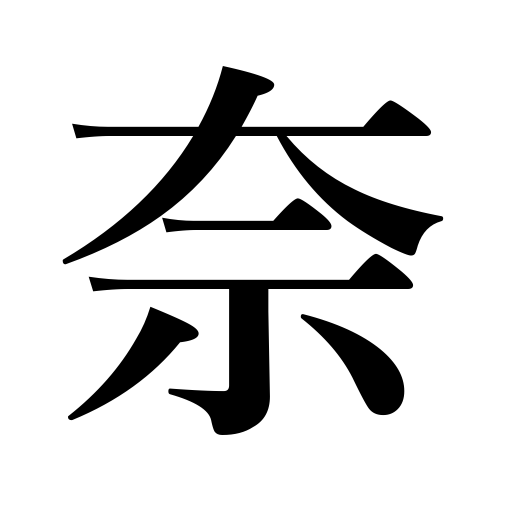
Meanings: what